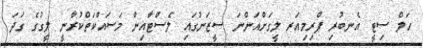
ހަލް ސިޓީ އެނބުރި ޕްރިމިއަރ ލީގަށްއަންނަ ސީޒަނުގައި ލެސްޓާއިން މަސައްކަތްކުރާނީ ލީގުގެ ގަދަ